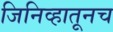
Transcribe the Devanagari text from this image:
जिनिव्हातूनच